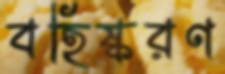
বহিষ্করণ